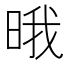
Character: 𣇕